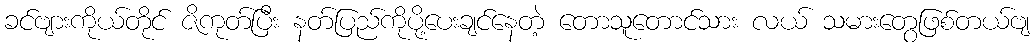
ခင်ဗျားကိုယ်တိုင် ဇိကုတ်ပြီး နတ်ပြည်ကိုပို့ပေးချင်နေတဲ့ တောသူတောင်သား လယ် သမားတွေဖြစ်တယ်ဗျ